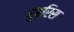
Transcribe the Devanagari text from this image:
हुब्रिस